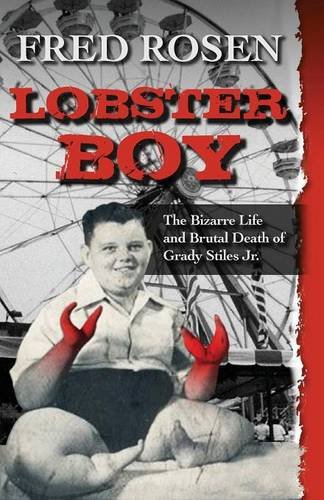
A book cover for Lobster Boy; Fred Rosen; Parenting & Relationships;